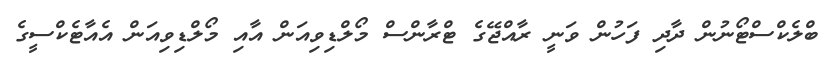
ބްލެކްސްޓޯނުން ދާދި ފަހުން ވަނީ ރާއްޖޭގެ ޓްރާންސް މޯލްޑިވިއަން އާއި މޯލްޑިވިއަން އެއާޓެކްސީގެ